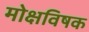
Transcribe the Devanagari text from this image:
मोक्षविषक